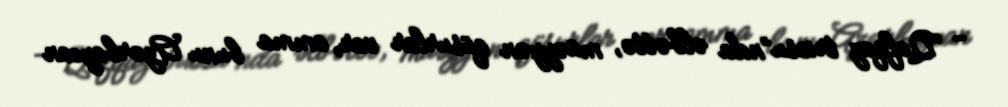
- “Qafqaz triosu”nda əlbəttə, müəyyən qüsurlar var, amma bunu Azərbaycan